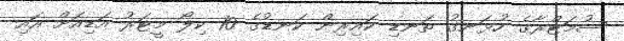
ސުމަޓްރާގެ ހުޅަނގު ތަނޑި ކައިރިން ކަނޑުގެ 10 ކިލޯ މީޓަރު އަޑިއަށް އައި